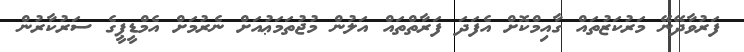
ފަރުވާދޭނޭ މަރުކަޒުތައް ގާއިމްކޮށް އެފަދަ ފަރާތްތައް އަލުން މުޖުތަމަޢުއަށް ނެރުމަށް އެމްޑީޕީގެ ސަރުކާރުން